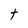
Character: t